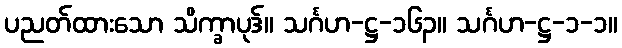
ပညတ်ထားသော သိက္ခာပုဒ်။ သင်္ဂဟ-ဋ္ဌ-၁၆၃။ သင်္ဂဟ-ဋ္ဌ-၁-၁။